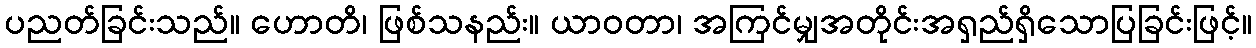
ပညတ်ခြင်းသည်။ ဟောတိ၊ ဖြစ်သနည်း။ ယာဝတာ၊ အကြင်မျှအတိုင်းအရှည်ရှိသောပြခြင်းဖြင့်။